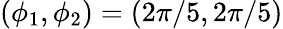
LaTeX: (\phi_{1},\phi_{2})=(2\pi/5,2\pi/5)